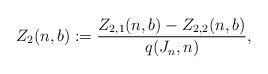
LaTeX: \begin{align*} Z_2(n,b) &:= \frac{Z_{2,1}(n,b) - Z_{2,2}(n,b)}{q(J_n,n)},\end{align*}